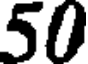
50